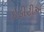
ઇડીટીએ